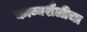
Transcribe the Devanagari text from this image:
काव्यशैलीचा